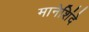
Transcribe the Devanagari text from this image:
मानेशिंदे